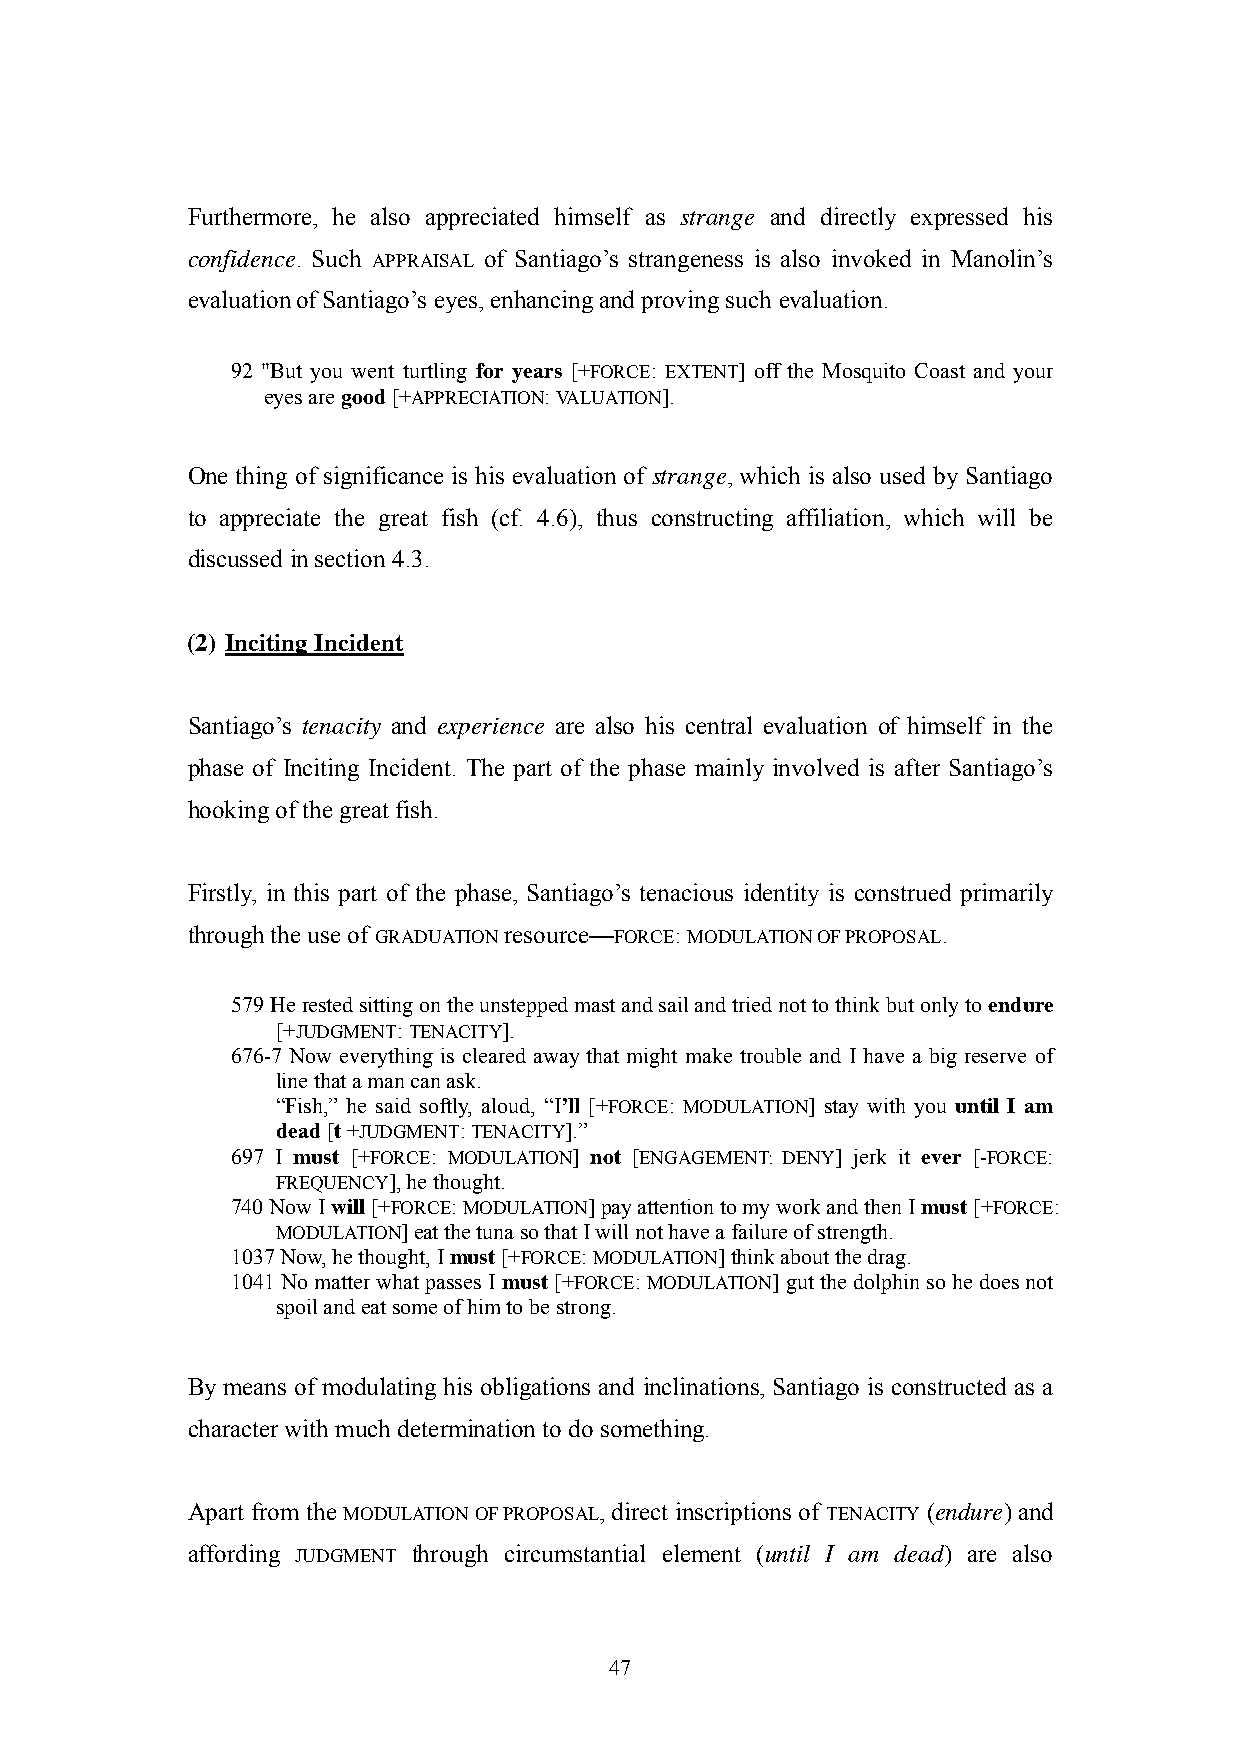
Furthermore, he also appreciated himself as strange and directly expressed his
 confidence. Such APPRAISAL of Santiago‘s strangeness is also invoked in Manolin‘s
 evaluation of Santiago‘s eyes, enhancing and proving such evaluation.
 92 "But you went turtling for years [+FORCE: EXTENT] off the Mosquito Coast and your
 eyes are good [+APPRECIATION: VALUATION].
 One thing of significance is his evaluation of strange, which is also used by Santiago
 to appreciate the great fish (cf. 4.6), thus constructing affiliation, which will be
 discussed in section 4.3.
 (2) Inciting Incident
 Santiago‘s tenacity and experience are also his central evaluation of himself in the
 phase of Inciting Incident. The part of the phase mainly involved is after Santiago‘s
 hooking of the great fish.
 Firstly, in this part of the phase, Santiago‘s tenacious identity is construed primarily
 through the use of GRADUATION resource—FORCE: MODULATION OF PROPOSAL.
 579 He rested sitting on the unstepped mast and sail and tried not to think but only to endure
 [+JUDGMENT: TENACITY].
 676-7 Now everything is cleared away that might make trouble and I have a big reserve of
 line that a man can ask.
 ―Fish,‖ he said softly, aloud, ―I’ll [+FORCE: MODULATION] stay with you until I am
 dead [t +JUDGMENT: TENACITY].‖
 697 I must [+FORCE: MODULATION] not [ENGAGEMENT: DENY] jerk it ever [-FORCE:
 FREQUENCY], he thought.
 740 Now I will [+FORCE: MODULATION] pay attention to my work and then I must [+FORCE:
 MODULATION] eat the tuna so that I will not have a failure of strength.
 1037 Now, he thought, I must [+FORCE: MODULATION] think about the drag.
 1041 No matter what passes I must [+FORCE: MODULATION] gut the dolphin so he does not
 spoil and eat some of him to be strong.
 By means of modulating his obligations and inclinations, Santiago is constructed as a
 character with much determination to do something.
 Apart from the MODULATION OF PROPOSAL, direct inscriptions of TENACITY (endure) and
 affording JUDGMENT through circumstantial element (until I am dead) are also
 47